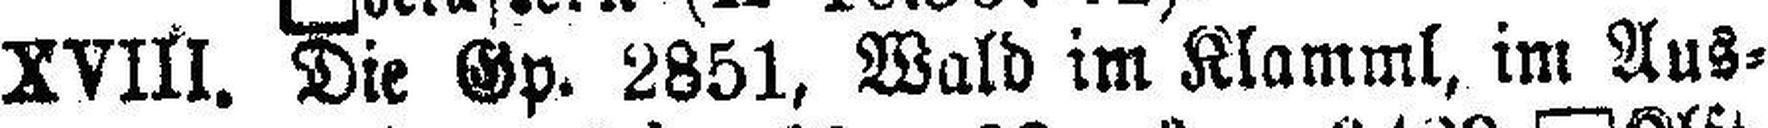
XVlll. Die Gp. 2851, Wald im Klamml, im Aus¬